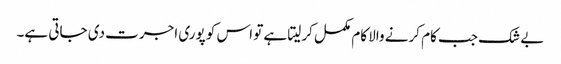
بے شک جب کام کرنے والا کام مکمل کرلیتا ہے تو اس کو پوری اجرت دی جاتی ہے۔